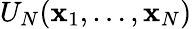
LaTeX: U_{N}(\mathbf{x}_{1},\ldots,\mathbf{x}_{N})